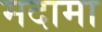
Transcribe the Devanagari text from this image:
मदामा